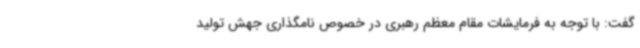
گفت: با توجه به فرمایشات مقام معظم رهبری در خصوص نامگذاری جهش تولید